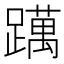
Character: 𨆣